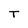
Character: T